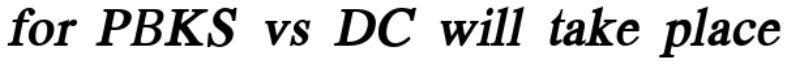
for PBKS vs DC will take place